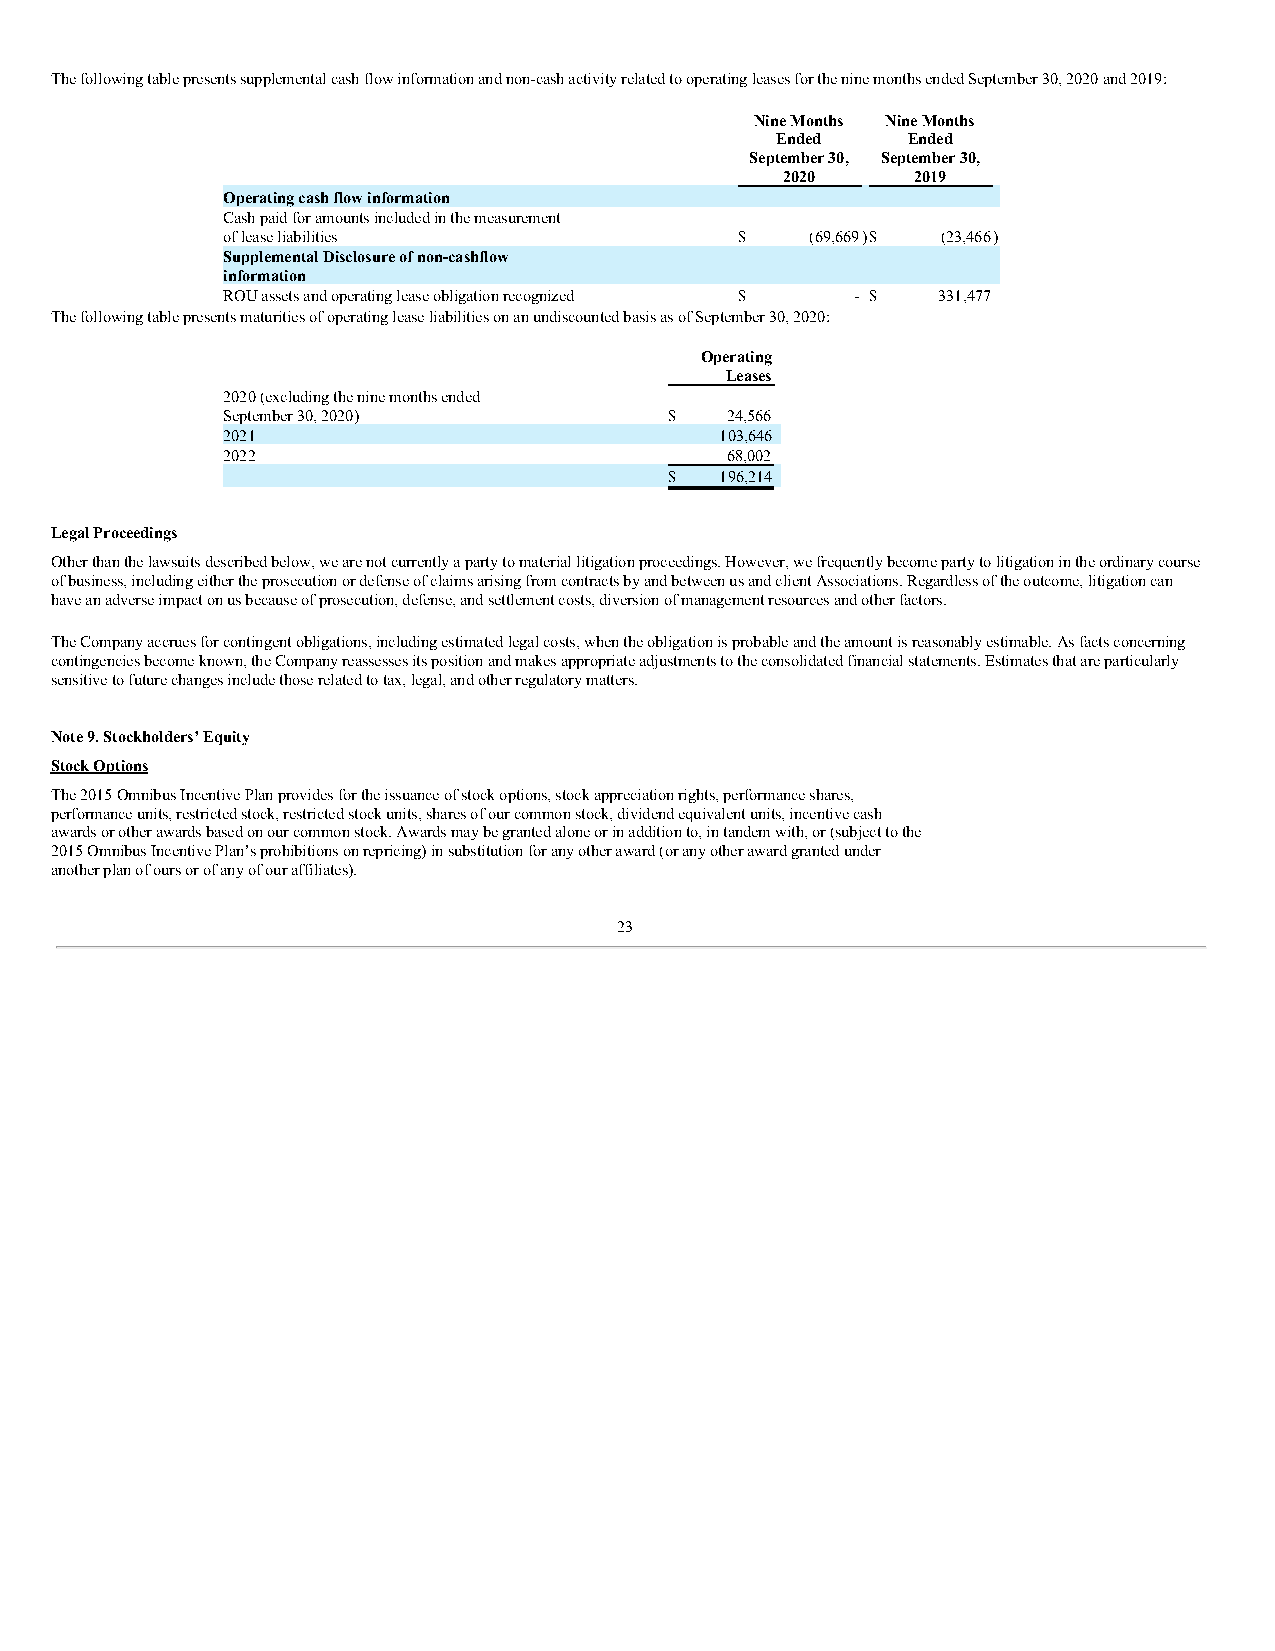
The following table presents supplemental cash flow information and non-cash activity related to operating leases for the nine months ended September 30, 2020 and 2019:
 Nine Months Nine Months
 Ended    Ended
 September 30, September 30,
 2020    2019
 Operating cash flow information
 Cash paid for amounts included in the measurement
 of lease liabilities              $    (69,669)$ (23,466)
 Supplemental Disclosure of non-cashflow
 information
 ROU assets and operating lease obligation recognized $ - $ 331,477
 The following table presents maturities of operating lease liabilities on an undiscounted basis as of September 30, 2020:
 Operating
 Leases
 2020 (excluding the nine months ended
 September 30, 2020)          $   24,566
 2021                             103,646
 2022                             68,002
 $   196,214
 Legal Proceedings
 Other than the lawsuits described below, we are not currently a party to material litigation proceedings. However, we frequently become party to litigation in the ordinary course
 of business, including either the prosecution or defense of claims arising from contracts by and between us and client Associations. Regardless of the outcome, litigation can
 have an adverse impact on us because of prosecution, defense, and settlement costs, diversion of management resources and other factors.
 The Company accrues for contingent obligations, including estimated legal costs, when the obligation is probable and the amount is reasonably estimable. As facts concerning
 contingencies become known, the Company reassesses its position and makes appropriate adjustments to the consolidated financial statements. Estimates that are particularly
 sensitive to future changes include those related to tax, legal, and other regulatory matters.
 Note 9. Stockholders’ Equity
 Stock Options
 The 2015 Omnibus Incentive Plan provides for the issuance of stock options, stock appreciation rights, performance shares,
 performance units, restricted stock, restricted stock units, shares of our common stock, dividend equivalent units, incentive cash
 awards or other awards based on our common stock. Awards may be granted alone or in addition to, in tandem with, or (subject to the
 2015 Omnibus Incentive Plan’s prohibitions on repricing) in substitution for any other award (or any other award granted under
 another plan of ours or of any of our affiliates).
 23